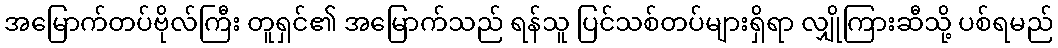
အမြောက်တပ်ဗိုလ်ကြီး တူရှင်၏ အမြောက်သည် ရန်သူ ပြင်သစ်တပ်များရှိရာ လျှိုကြားဆီသို့ ပစ်ရမည်